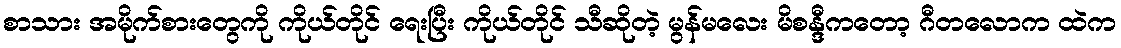
စာသား အမိုက်စားတွေကို ကိုယ်တိုင် ရေးပြီး ကိုယ်တိုင် သီဆိုတဲ့ မွန်မလေး မိစန္ဒီကတော့ ဂီတလောက ထဲက